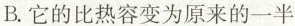
B.它的比热容变为原来的一半